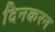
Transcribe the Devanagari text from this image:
दिनकरन